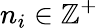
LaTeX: n_{i}\in\mathbb{Z}^{+}